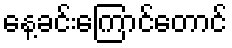
နေ့ခင်းကြောင်တောင်